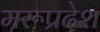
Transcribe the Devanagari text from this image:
मरूप्रदेश